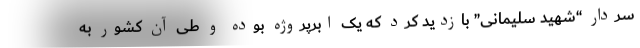
سردار “شهید سلیمانی” بازدید کرد که یک ابرپروژه بوده و طی آن کشور به